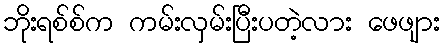
ဘိုးရစ်စ်က ကမ်းလှမ်းပြီးပတဲ့လား ဖေဖျား